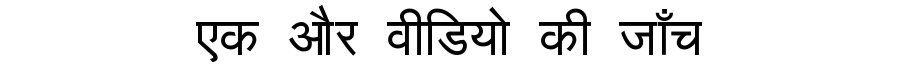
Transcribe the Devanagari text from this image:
एक और वीडियो की जाँच